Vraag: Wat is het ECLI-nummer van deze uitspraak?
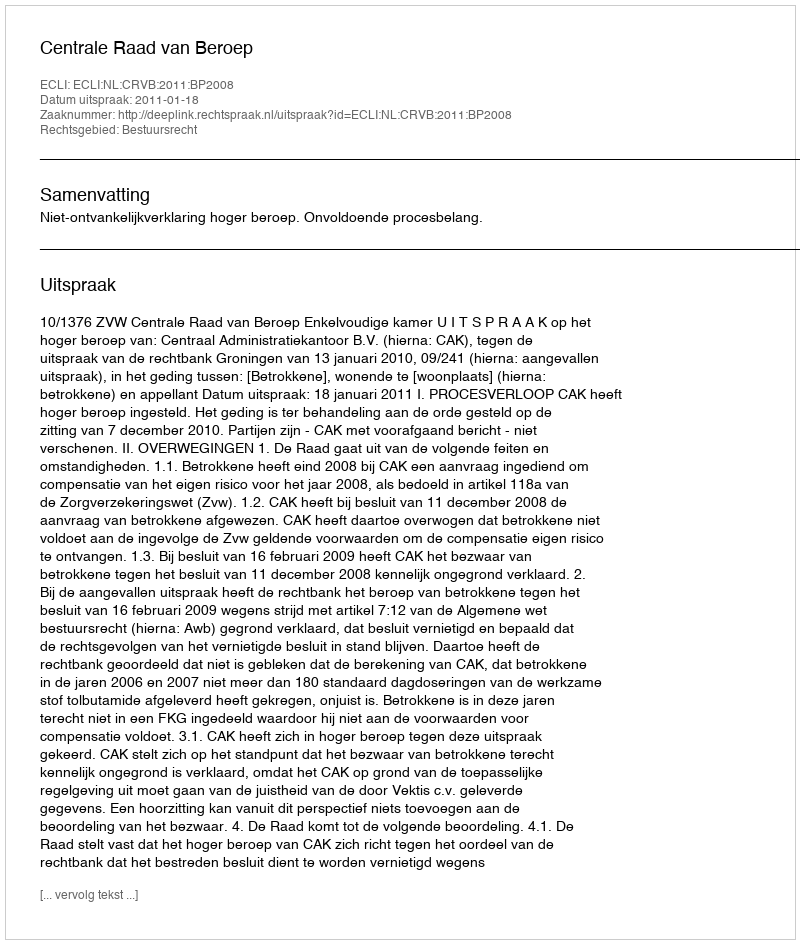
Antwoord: ECLI:NL:CRVB:2011:BP2008